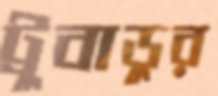
ট্রুবাডুর